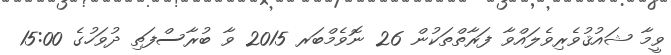
ވީމާ ޝައުޤުވެރިވެލައްވާ ފަރާތްތަކުން 26 ނޮވެމްބަރ 2015 ވާ ބުރާސްފަތި ދުވަހުގެ 15:00